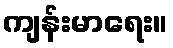
ကျန်းမာရေး။